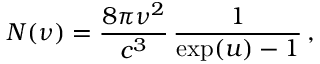
N ( \nu ) = \frac { 8 \pi \nu ^ { 2 } } { c ^ { 3 } } \, \frac { 1 } { \exp ( u ) - 1 } \, ,